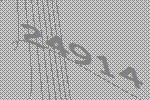
24914